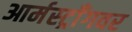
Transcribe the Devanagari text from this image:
आर्मस्ट्राँगवर